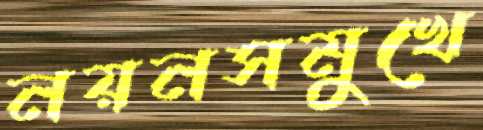
নয়নসমুখে